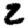
Digit: 2